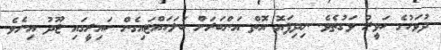
ދުވަހުގެ ހަވީރު ވަގުތެވެ. ނިދިފައޮ އޮތް އަންބަރަށް ބަލަހައްޓައިގެން ކައިރީގައި ޖޫދު އިނެވެ.